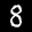
Label: 8